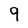
Character: 9